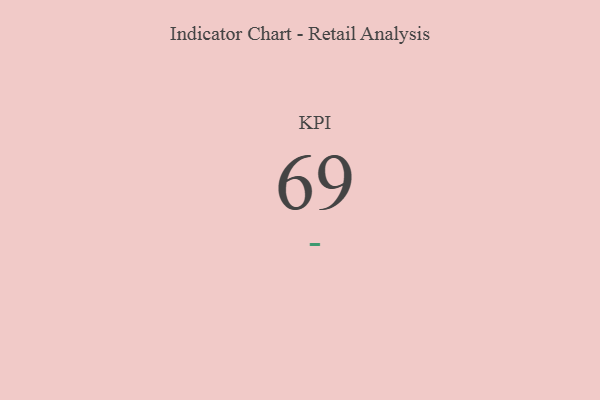
{"axis": {"x": "KPI", "y": "Value"}, "legend": [""], "data": [{"x": "KPI", "y": 69, "type": ""}]}